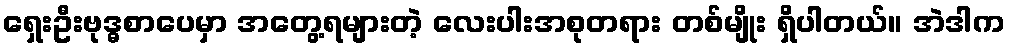
ရှေးဦးဗုဒ္ဓစာပေမှာ အတွေ့ရများတဲ့ လေးပါးအစုတရား တစ်မျိုး ရှိပါတယ်။ အဲဒါက